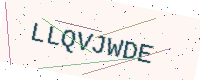
Text: LLQVJWDE